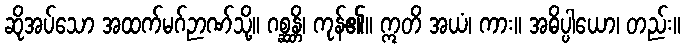
ဆိုအပ်သော အထက်မဂ်ဉာဏ်သို့။ ဂစ္ဆန္တိ၊ ကုန်၏။ ဣတိ အယံ၊ ကား။ အဓိပ္ပါယော၊ တည်း။